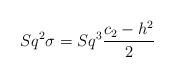
\begin{align*}Sq^2\sigma = Sq^3\frac{c_2-h^2}{2}\end{align*}